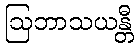
ဩဘာသယန္တီ